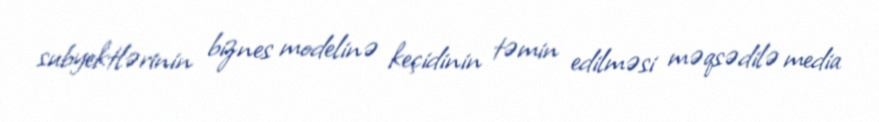
subyektlərinin biznes modelinə keçidinin təmin edilməsi məqsədilə media